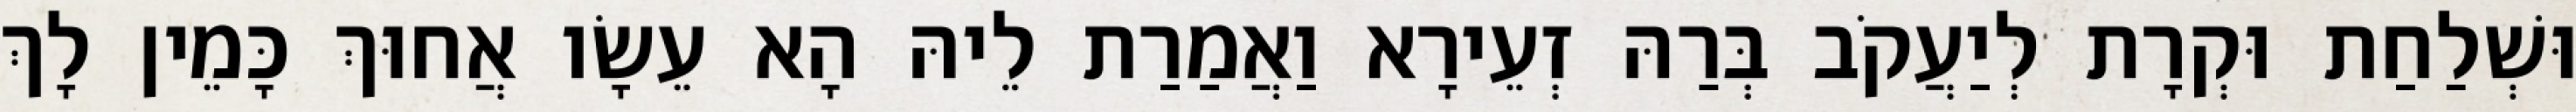
וּשְׁלַחַת וּקְרָת לְיַעֲקֹב בְּרַהּ זְעֵירָא וַאֲמַרַת לֵיהּ הָא עֵשָׂו אֲחוּךְ כָּמֵין לָךְ